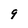
Character: 9